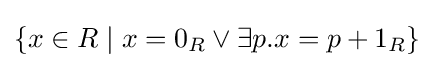
\{x\in R\mid x=0_{R}\lor \exists p.x=p+1_{R}\}